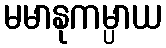
မမာနုကမ္ပာယ